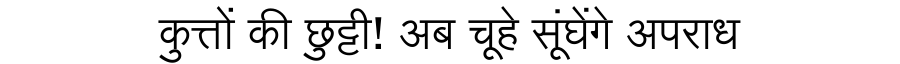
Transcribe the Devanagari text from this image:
कुत्तों की छुट्टी! अब चूहे सूंघेंगे अपराध